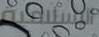
الإسلامية